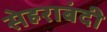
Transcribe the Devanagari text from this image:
सेहराबंदी